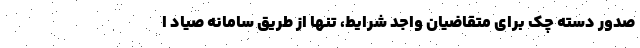
صدور دسته چک برای متقاضیان واجد شرایط، تنها از طریق سامانه صیاد ا